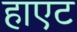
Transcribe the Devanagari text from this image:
हाएट